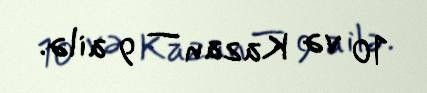
10 və Kazan — 9 ailə.